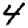
Digit: 4